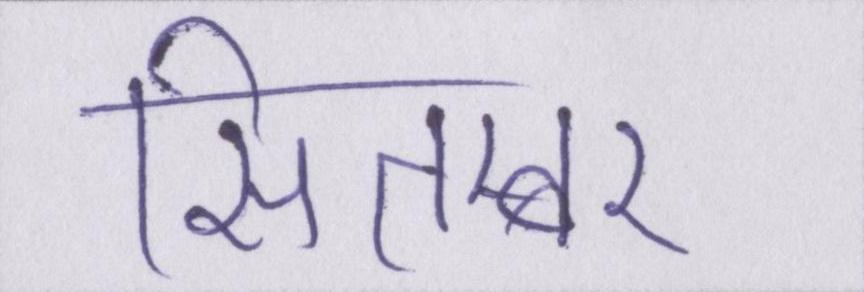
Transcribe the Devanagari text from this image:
सितम्बर